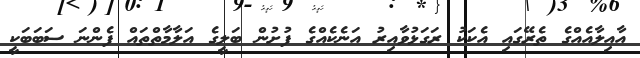
އާއިލާއެއްގެ ތެރޭގައި އެކަކު ރަގަޅުވާއިރު އަނެކެއްގެ ފުށުން ބަލީގެ އަލާމާތްތައް ފެންނަ ސަބަބަކީ